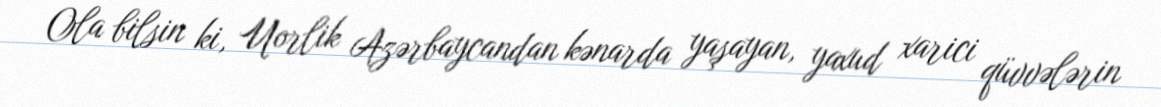
Ola bilsin ki, Uorlik Azərbaycandan kənarda yaşayan, yaxud xarici qüvvələrin